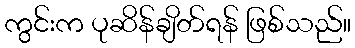
ကွင်းက ပုဆိန်ချိတ်ရန် ဖြစ်သည်။